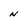
Character: n